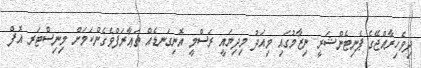
ދިވެހިރާއްޖޭގެ ޕެނިޓެންޝަރީ ނިޒާމުގައި މިއަދު މިދިޔައީ ރަސްމީ އޮނިގަނޑެއް ތަޢާރަފްވެގެންކަމަށް މިނިސްޓަރ އޮފް